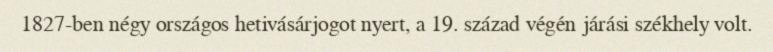
1827-ben négy országos hetivásárjogot nyert, a 19. század végén járási székhely volt.